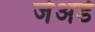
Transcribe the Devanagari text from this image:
जेअर्ड